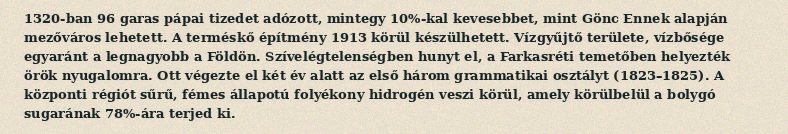
1320-ban 96 garas pápai tizedet adózott, mintegy 10%-kal kevesebbet, mint Gönc Ennek alapján mezőváros lehetett. A terméskő építmény 1913 körül készülhetett. Vízgyűjtő területe, vízbősége egyaránt a legnagyobb a Földön. Szívelégtelenségben hunyt el, a Farkasréti temetőben helyezték örök nyugalomra. Ott végezte el két év alatt az első három grammatikai osztályt (1823–1825). A központi régiót sűrű, fémes állapotú folyékony hidrogén veszi körül, amely körülbelül a bolygó sugarának 78%-ára terjed ki.